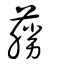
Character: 蕂